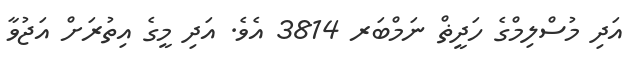
އަދި މުސްލިމްގެ ހަދީޡް ނަމްބަރ 3814 އެވެ. އަދި މީގެ އިތުރަށް އަޖުވާ